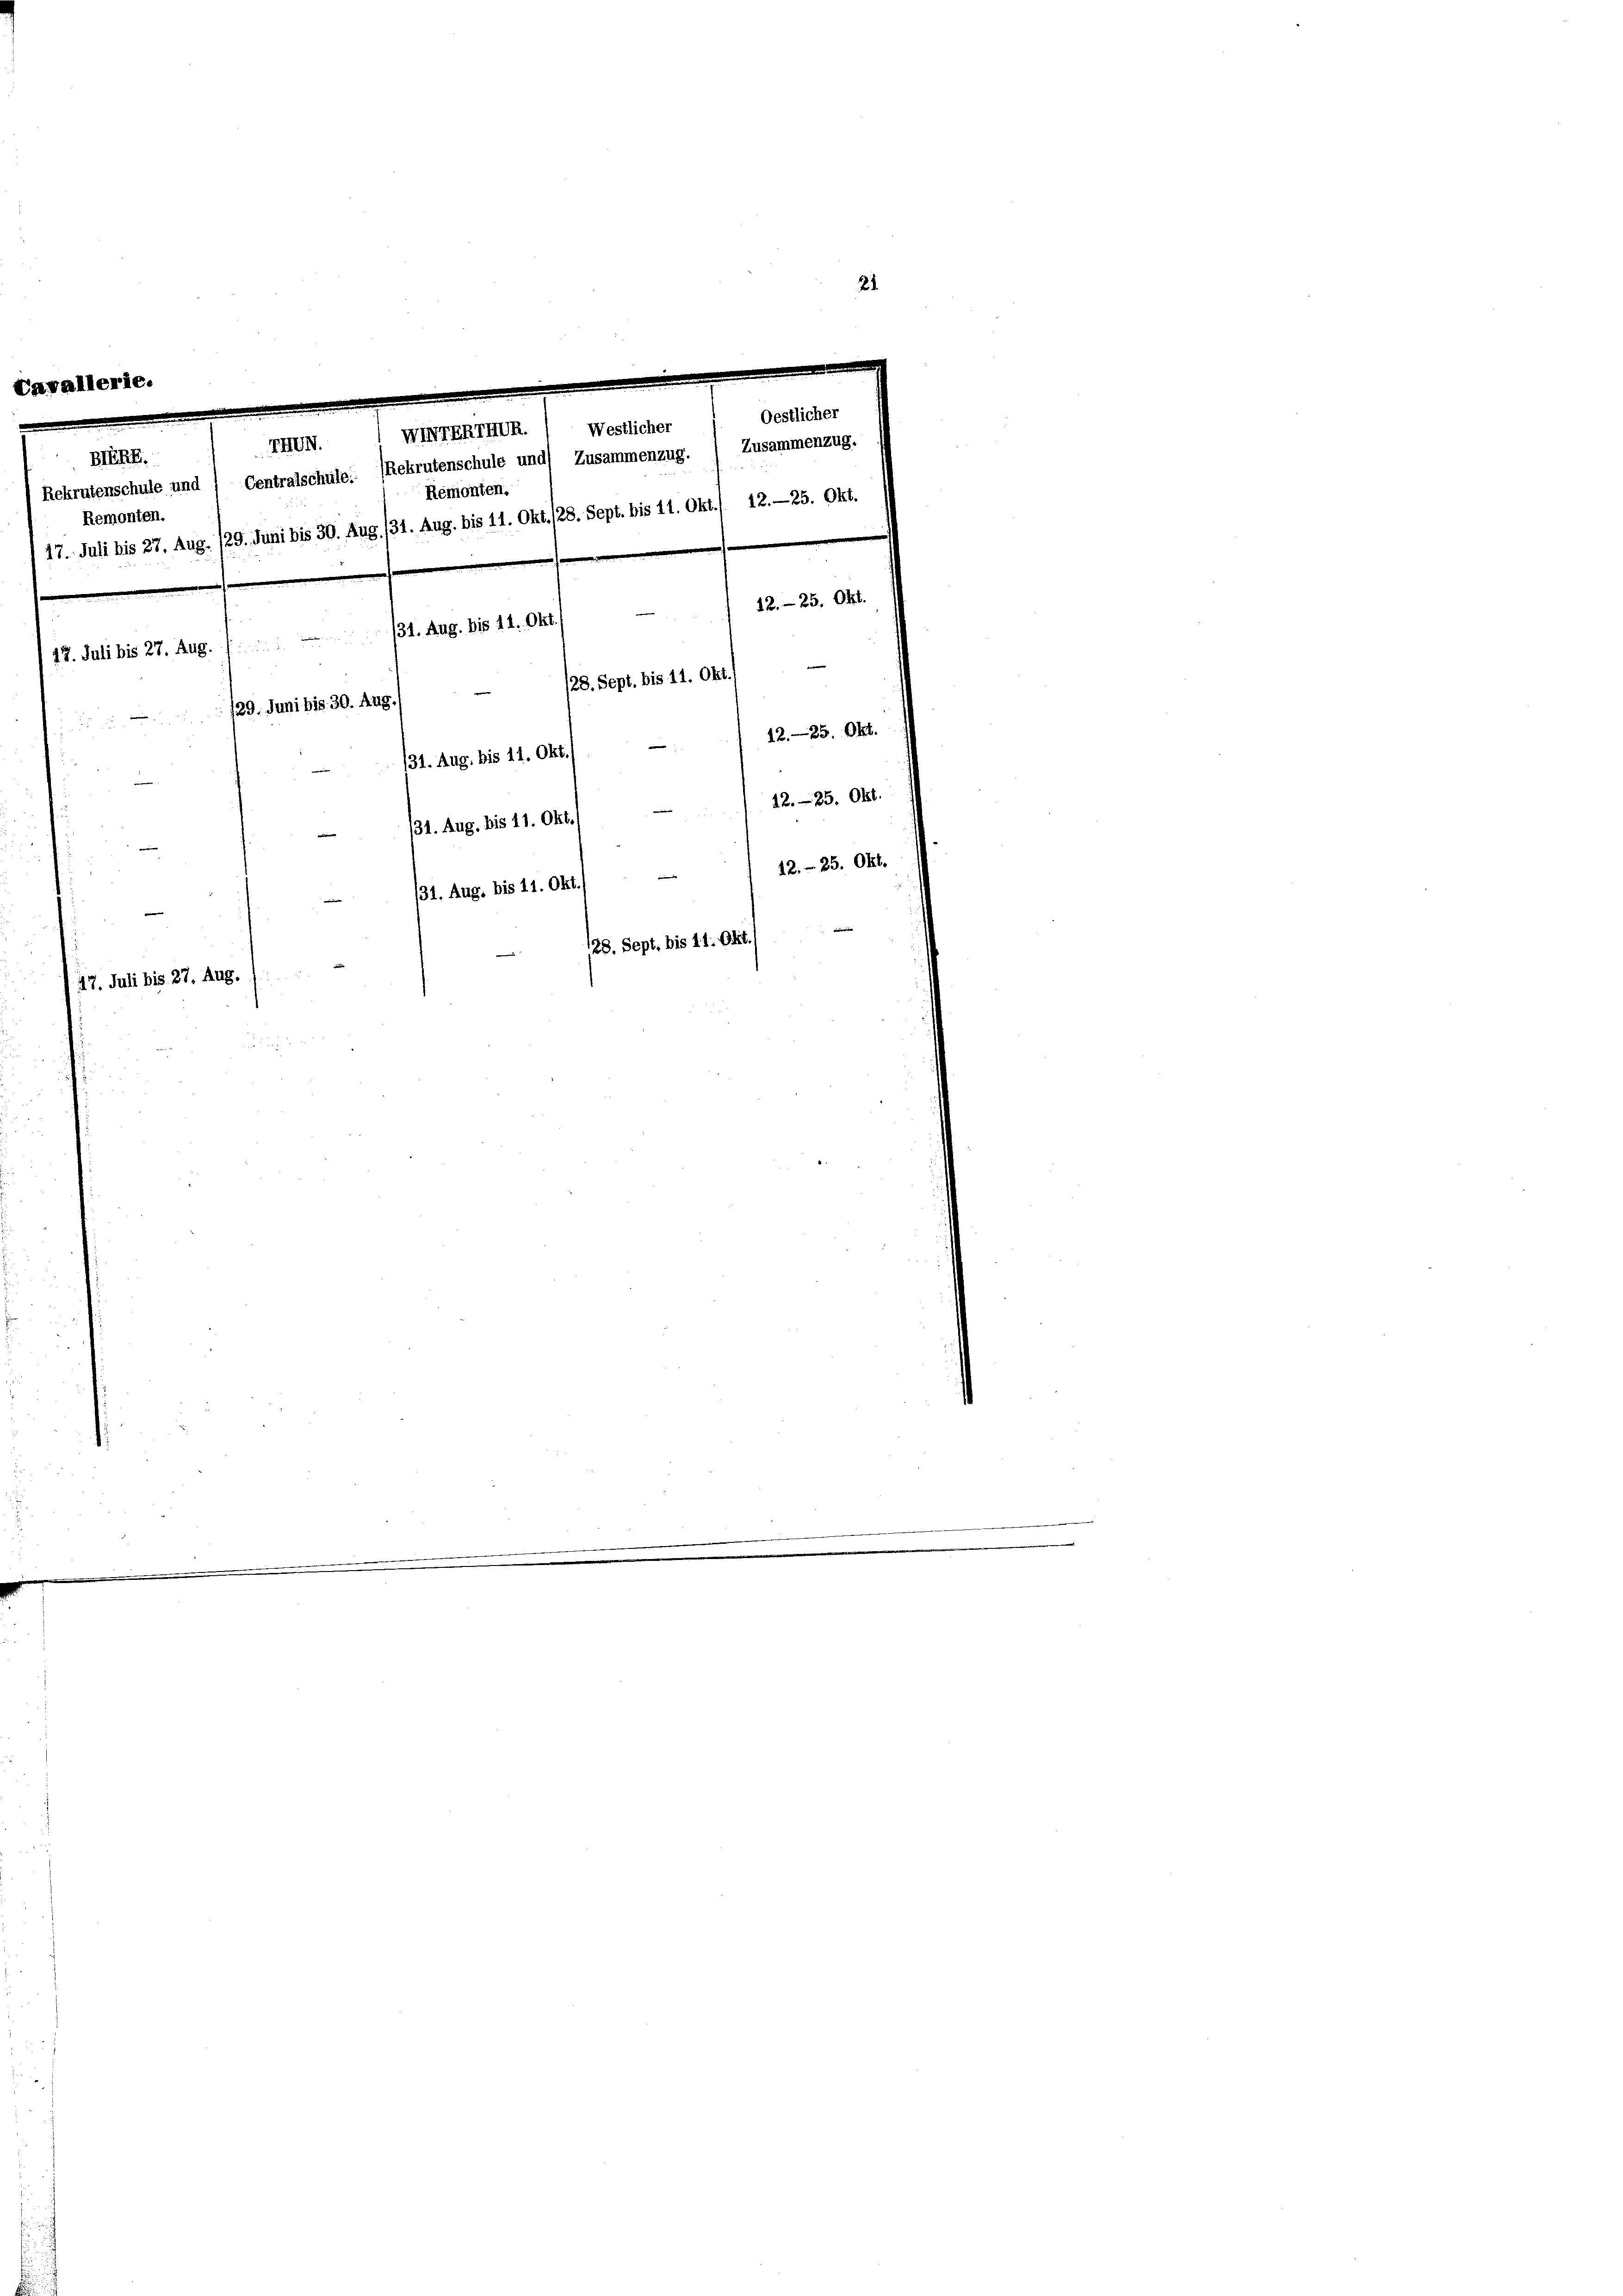
21

Westlicher
NIVERIHUR.
IHUN.
Blüht.
Rekrutenschule und / Centralschule. (Rekrutenschule und Zusammenzug. ) Zusammenzug.
Remonten.
Remonten.
17. Juli bis 27. Aug. 129. Juni bis 30. Aug. 131. Aug. bis 11. Okt. (28. Sept. bis 14. Okt./ 12.- 25. Okt.

12. 25. 64.
e
117. Juli bis 27. Aug. / — 131. Aug. bis 14. Okt.
28. Sept. bis 11. Okt.
/29. Juni bis 30. Aug.
1225. Okt.
/31. Aug. bis 11. Okt.
1225. Okt.
/1. Aug. bis 11. Okt./
.
12.- 25. Okt.
/1. Aug. bis 11. Okt./
(28. Sept. bis 11. Okt.
17. Juli bis 27. Aug.

Oestlicher